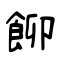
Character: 飹